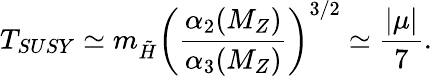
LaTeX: T_{SUSY}\simeq m_{\tilde{H}}\left(\frac{\alpha_{2}(M_{Z})}{\alpha_{3}(M_{Z})}\right)^{3/2}\simeq\frac{|\mu|}{7}.